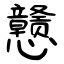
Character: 戆